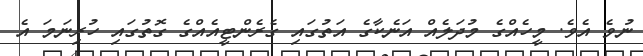
ނުވެ އެވެ. މީހެއްގެ މުދަލެއް އަނެކާގެ އަތުގައި ގެރެންޓީއެއްގެ ގޮތުގައި ހުރިނަމަ އެ